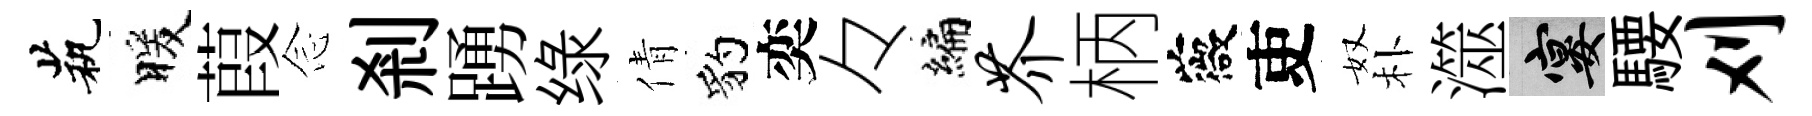
茕暖葭𫝹剎踴绿倩豹奕々编芥柄薇吏奴朴澨宴騕刈